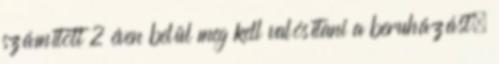
számított 2 éven belül meg kell valósítani a beruházást,